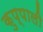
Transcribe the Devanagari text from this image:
कुप्पाली